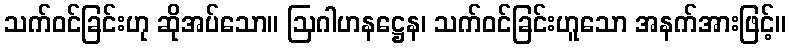
သက်ဝင်ခြင်းဟု ဆိုအပ်သော။ ဩဂါဟနဋ္ဌေန၊ သက်ဝင်ခြင်းဟူသော အနက်အားဖြင့်။